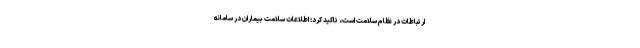
ارتباطات در نظام سلامت است، تاکید کرد: اطلاعات سلامت بیماران در سامانه